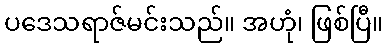
ပဒေသရာဇ်မင်းသည်။ အဟုံ၊ ဖြစ်ပြီ။